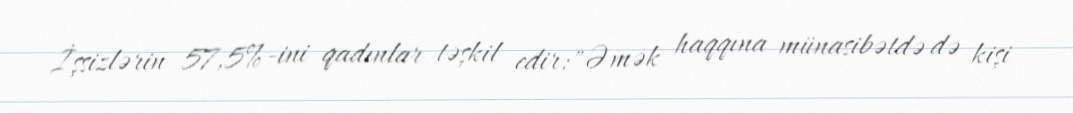
İşsizlərin 57,5%-ini qadınlar təşkil edir:"Əmək haqqına münasibətdə də kişi